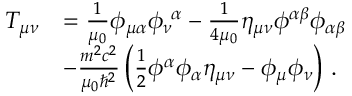
\begin{array} { r l } { T _ { \mu \nu } } & { = \frac { 1 } { \mu _ { 0 } } \phi _ { \mu \alpha } \phi _ { \nu } ^ { \ \alpha } - \frac { 1 } { 4 \mu _ { 0 } } \eta _ { \mu \nu } \phi ^ { \alpha \beta } \phi _ { \alpha \beta } } \\ & { - \frac { m ^ { 2 } c ^ { 2 } } { \mu _ { 0 } \hbar ^ { 2 } } \left( \frac { 1 } { 2 } \phi ^ { \alpha } \phi _ { \alpha } \eta _ { \mu \nu } - \phi _ { \mu } \phi _ { \nu } \right) \, . } \end{array}